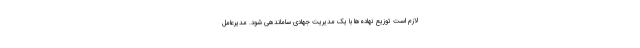
لازم است توزیع نهاده‌ها با یک مدیریت جهادی ساماندهی شود. مدیرعامل